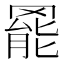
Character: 𮊓